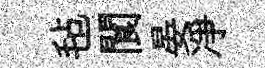
毡閬晏凈